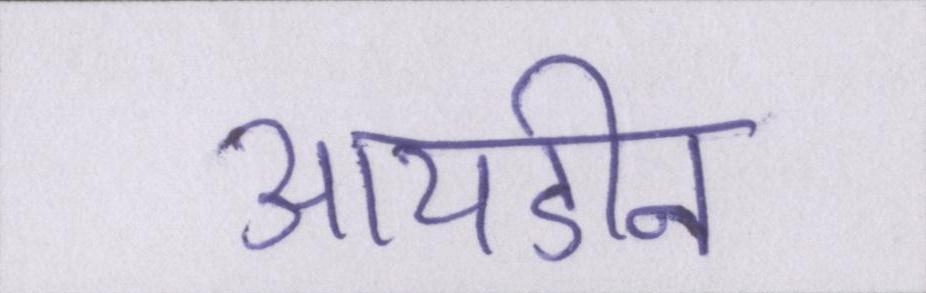
आयडीन